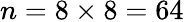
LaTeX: n=8\times 8=64